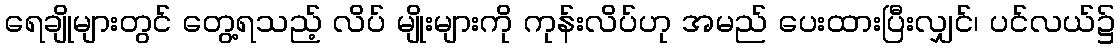
ရေချိုများတွင် တွေ့ရသည့် လိပ် မျိုးများကို ကုန်းလိပ်ဟု အမည် ပေးထားပြီးလျှင်၊ ပင်လယ်၌